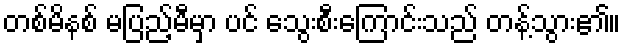
တစ်မိနစ် မပြည့်မီမှာ ပင် သွေးစီးကြောင်းသည် တန့်သွား၏။